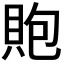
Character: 𧵢